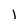
Character: l